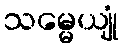
သမ္မေယျုံ